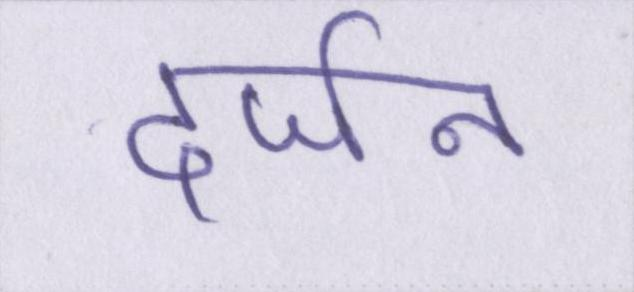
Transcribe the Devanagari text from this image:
दर्जन